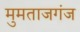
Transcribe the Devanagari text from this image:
मुमताजगंज